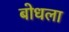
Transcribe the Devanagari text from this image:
बोधला